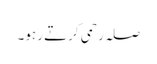
صلہ رحمی کرتے رہو۔